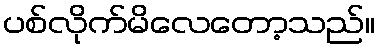
ပစ်လိုက်မိလေတော့သည်။